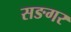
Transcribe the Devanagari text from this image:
सङगर